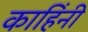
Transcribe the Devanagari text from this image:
काहिंनी